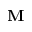
\mathbf { M }